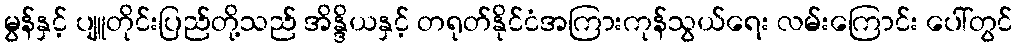
မွန်နှင့် ပျူတိုင်းပြည်တို့သည် အိန္ဒိယနှင့် တရုတ်နိုင်ငံအကြားကုန်သွယ်ရေး လမ်းကြောင်း ပေါ်တွင်